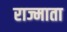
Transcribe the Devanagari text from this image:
राज्माता